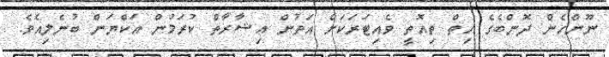
ނޫންހެން ދޮންބެގެ ހިތް ތިއޮތީ ވެއިޓަރަކަށް އަތުން އިޝާރާތް ކުރަމުން އަކްޔަން ބުނެލިއެވެ.